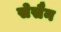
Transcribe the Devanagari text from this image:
सेसैन